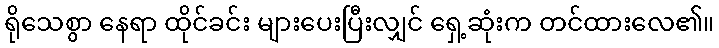
ရိုသေစွာ နေရာ ထိုင်ခင်း များပေးပြီးလျှင် ရှေ့ဆုံးက တင်ထားလေ၏။